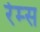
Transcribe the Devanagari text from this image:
रेम्स